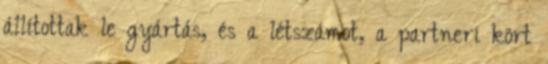
állítottak le gyártás, és a létszámot, a partneri kört